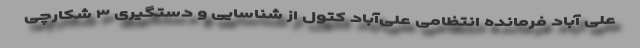
علی آباد فرمانده انتظامی علی‌آباد کتول از شناسایی و دستگیری ۳ شکارچی